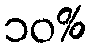
၁၀%